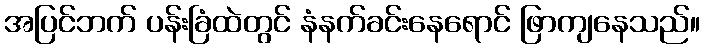
အပြင်ဘက် ပန်းခြံထဲတွင် နံနက်ခင်းနေရောင် ဖြာကျနေသည်။